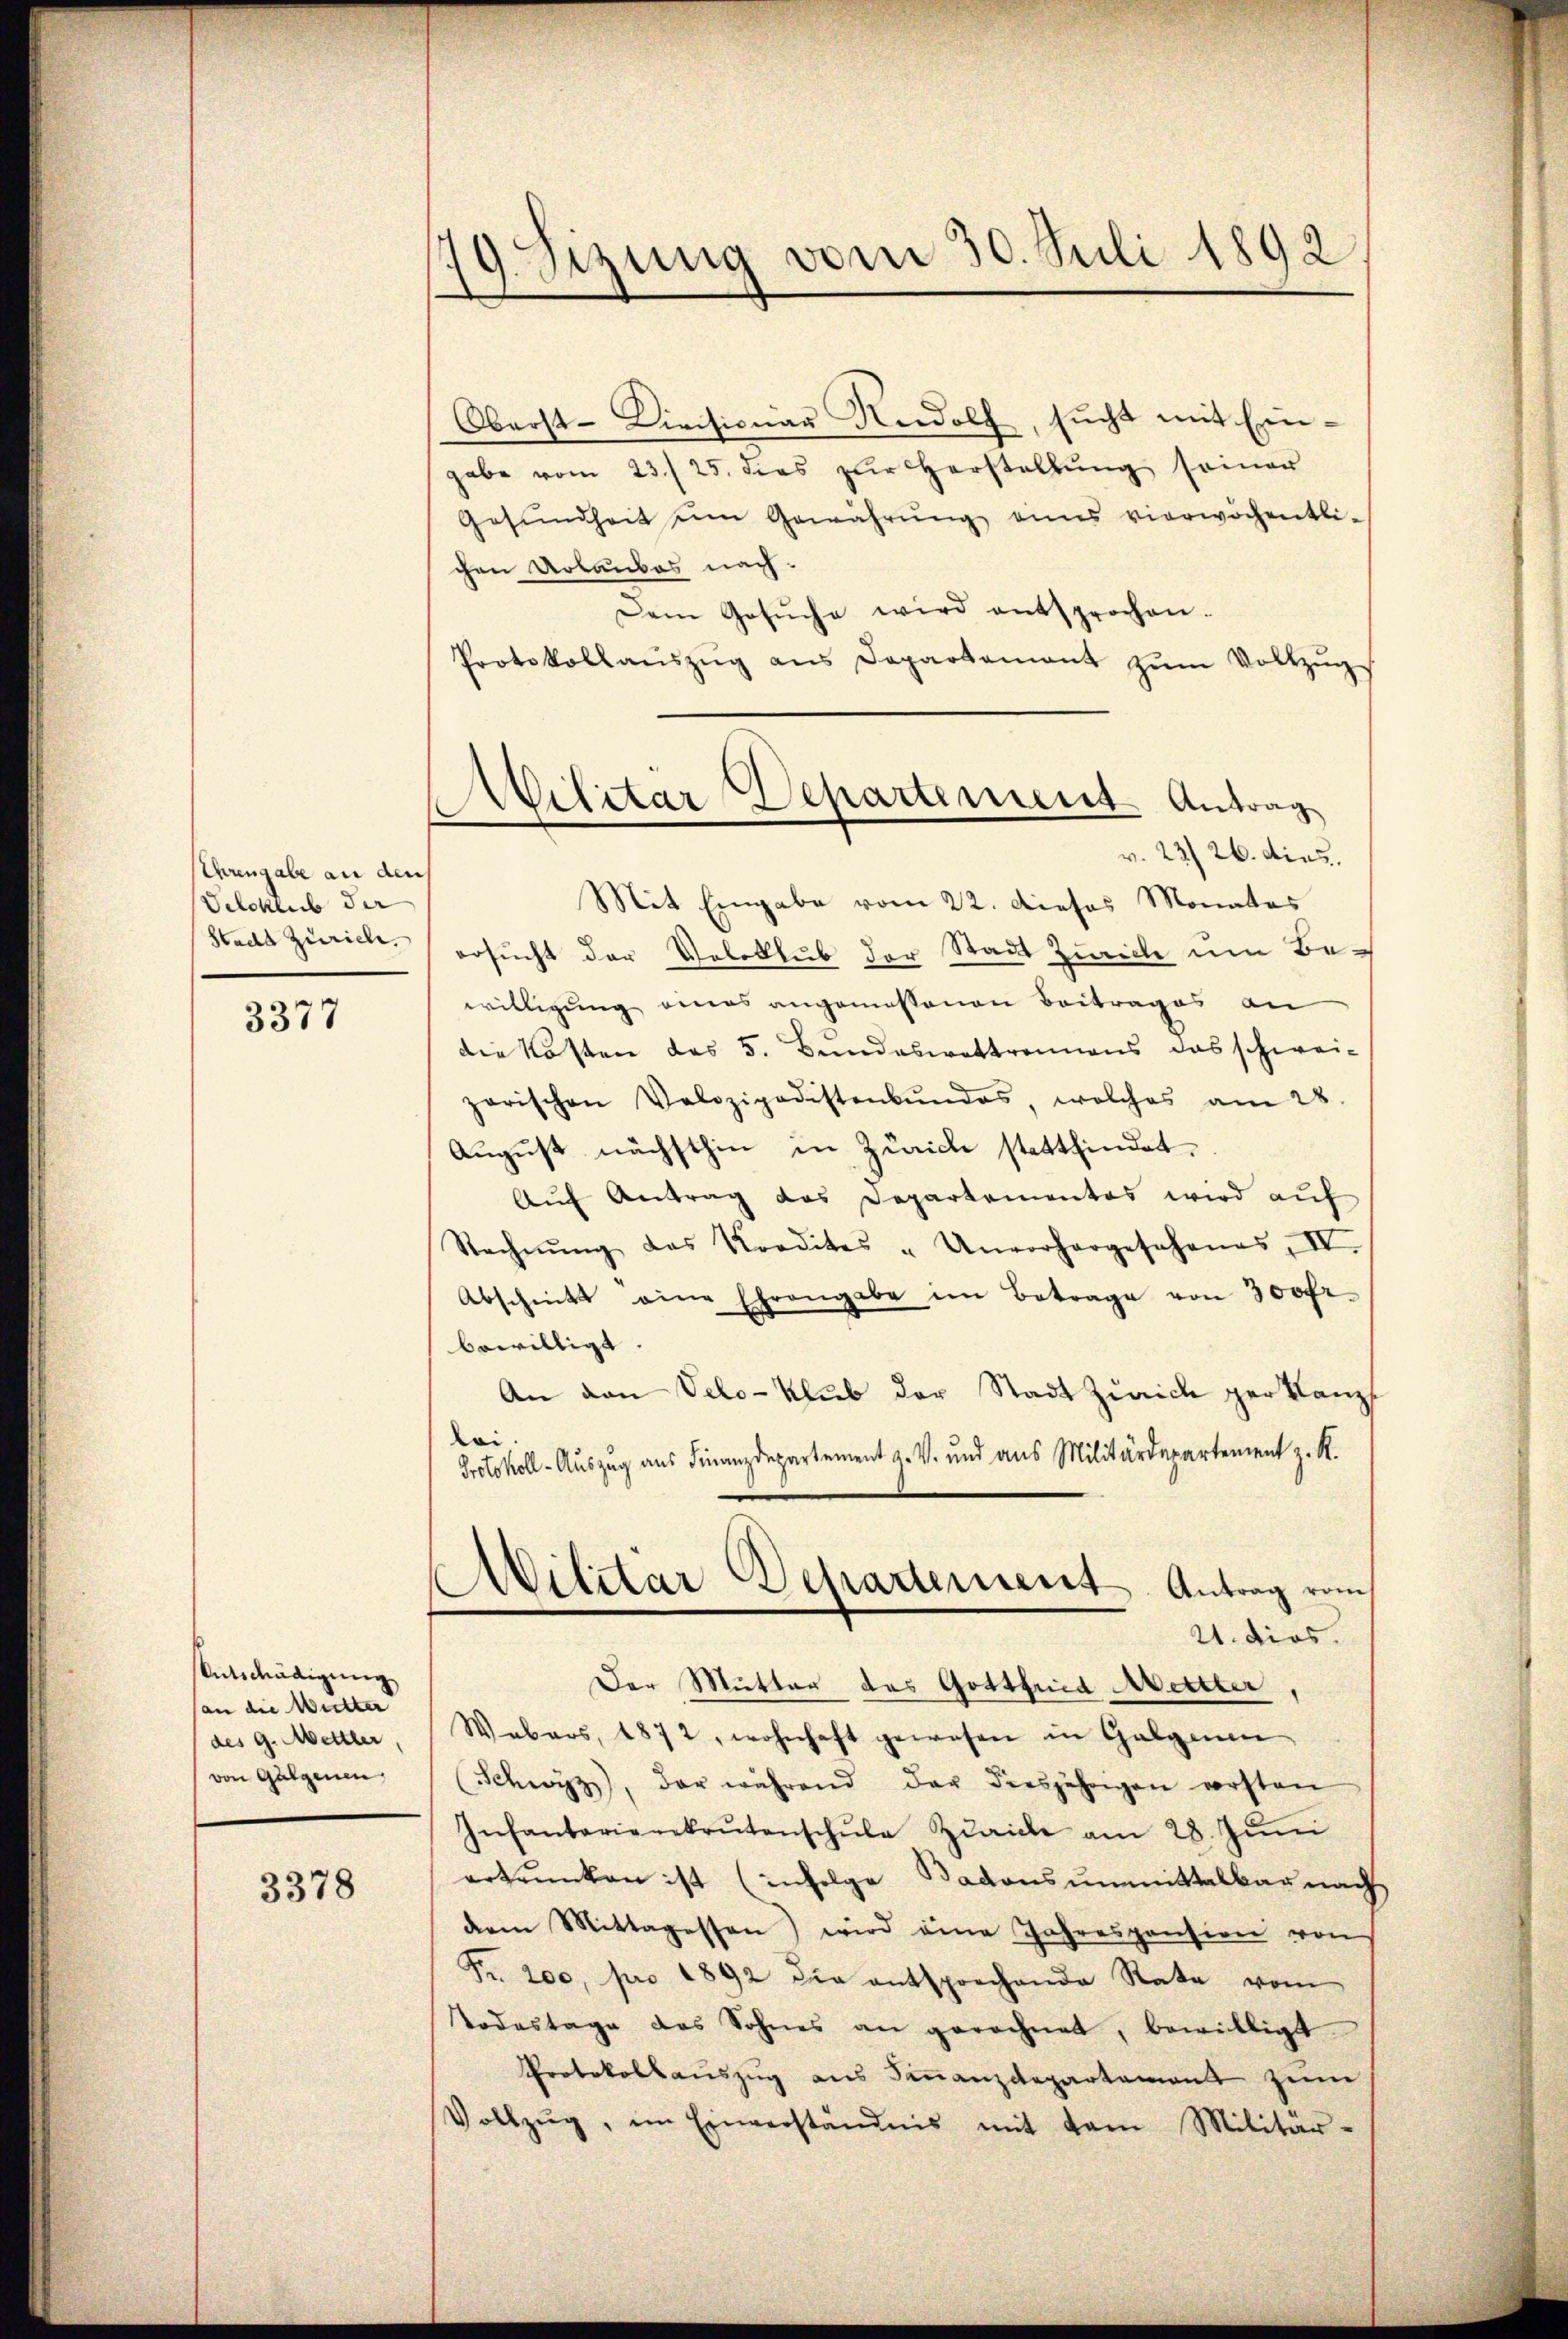
Uhngabe an den
Selcklub der
Stadt Zürich.

3377

Entschädigung
(an die Witter
(des 9. Mettler,
von Gülgenen,

3378

79. sezung vom 30. Juli 1892

Oberst-Divisionar Rudolf, sucht mit Eingabe vom 23./25. dies zŭr Herstellŭng seiner
Gesŭndheit dem Gewährŭng eines vierwöchentli-
chen Urlaubes nach.
Dem Gesŭche wird entsprochen.
Protokollaŭszŭg ans Departament zŭm Vollzŭgs
v. 23. 26. dies
Mit Eingabe vom 22. dieses Monates
ersucht der Veloklub der Stadt Zwecke um Bewilligung eines angemessenen Beitrages an
die Kosten des 5. Bundeswettrennens das schweizarischen Volozipodistenbŭndes welches am 28.
August nächsthin in Zürich stattfindet,
Aŭf Antrag des Departementes wird aŭf
Rechnŭng das Kredites „Unvorhergesehenes, IV.
Abschnitt eine Ehrangabe im Betrage von 300fr.
bewilligt
An den Velo-klub der Stadt Zürich per Kanzl
loi.
Protokoll-Auszug aus Finanzdepartement a. V. und aus Militärdepartement z. K.
d
Wilitar Departerient. Antrag vom
21. dies
Der Mutter des Gottfrid Wettler
Wabars, 1872, wohnhaft gewesen in Galgenen
(Schwyz, der während der diesjährigen versten
Infantarierekrutenschŭle Zürich am 28. Juni
ertrunken ist (infolge Badons unmittelbar nach
dem Mittagessen) wird eine Jahrespension von
Fr. 200, pro 1892 die entsprechende Rate vom
Todestage des Sohnes an gerechnet, bewilligt.
Protokollauszug aus Sananzdepartement zum
Vollzŭg, im Einverständnis mit dem Militär-

Wilitar Departement Antrag